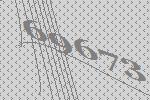
69673